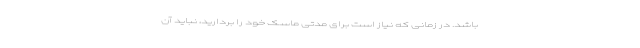
باشد. در زمانی که نیاز است برای مدتی ماسک خود را بردارید، نباید آن